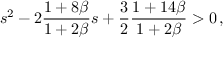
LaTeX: s ^ { 2 } - 2 \frac { 1 + 8 \beta } { 1 + 2 \beta } s + \frac { 3 } { 2 } \frac { 1 + 1 4 \beta } { 1 + 2 \beta } > 0 \, ,